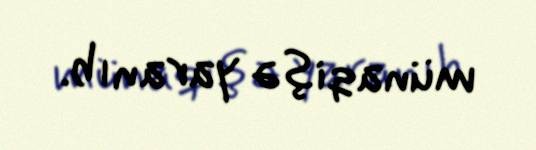
münaqişə yaranıb.